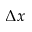
\Delta x